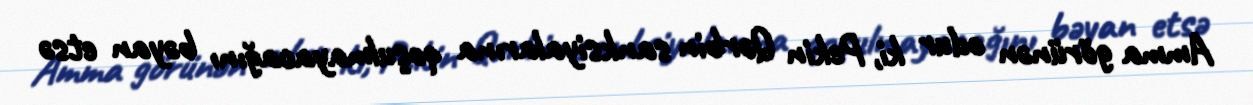
Amma görünən odur ki, Pekin Qərbin sanksiyalarına qoşulmayacağını bəyan etsə